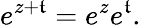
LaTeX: e^{z+\mathfrak{t}}=e^{z}e^{\mathfrak{t}}.